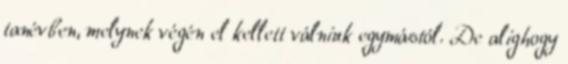
tanévben, melynek végén el kellett válniuk egymástól. De alighogy